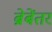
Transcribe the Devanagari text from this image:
ब्रेबेंतर